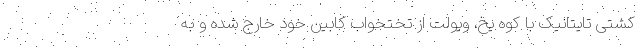
کشتی تایتانیک با کوه یخ، ویولت از تختخواب کابین خود خارج شده و به